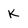
Character: k